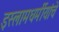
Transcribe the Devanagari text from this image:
इस्लामधर्मीयांचे